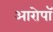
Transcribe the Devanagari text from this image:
आरोपॉ